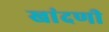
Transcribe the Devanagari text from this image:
खांदणी